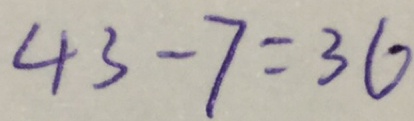
4 3 - 7 = 3 6